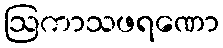
ဩကာသဖရဏော